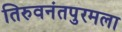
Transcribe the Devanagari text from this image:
तिरुवनंतपुरमला